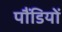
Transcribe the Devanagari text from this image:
पौंडियों